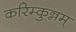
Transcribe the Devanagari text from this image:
करिम्कुन्नम्